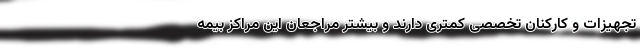
تجهیزات و کارکنان تخصصی کمتری دارند و بیشتر مراجعان این مراکز بیمه